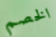
الخصم